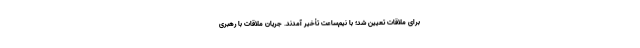
براى ملاقات تعیین شد؛ با نیم‌ساعت تأخیر آمدند. جریان ملاقات با رهبرى